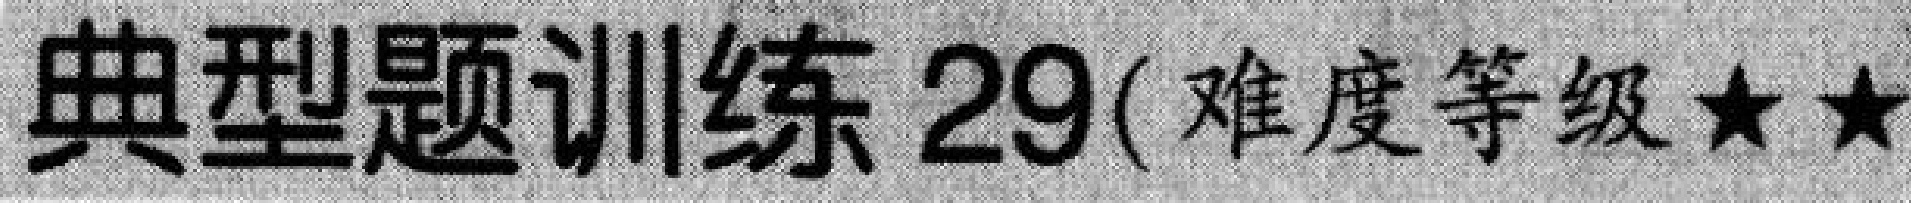
典型题训练 29(难度等级★★